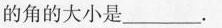
的角的大小是___.